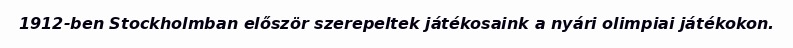
1912-ben Stockholmban először szerepeltek játékosaink a nyári olimpiai játékokon.